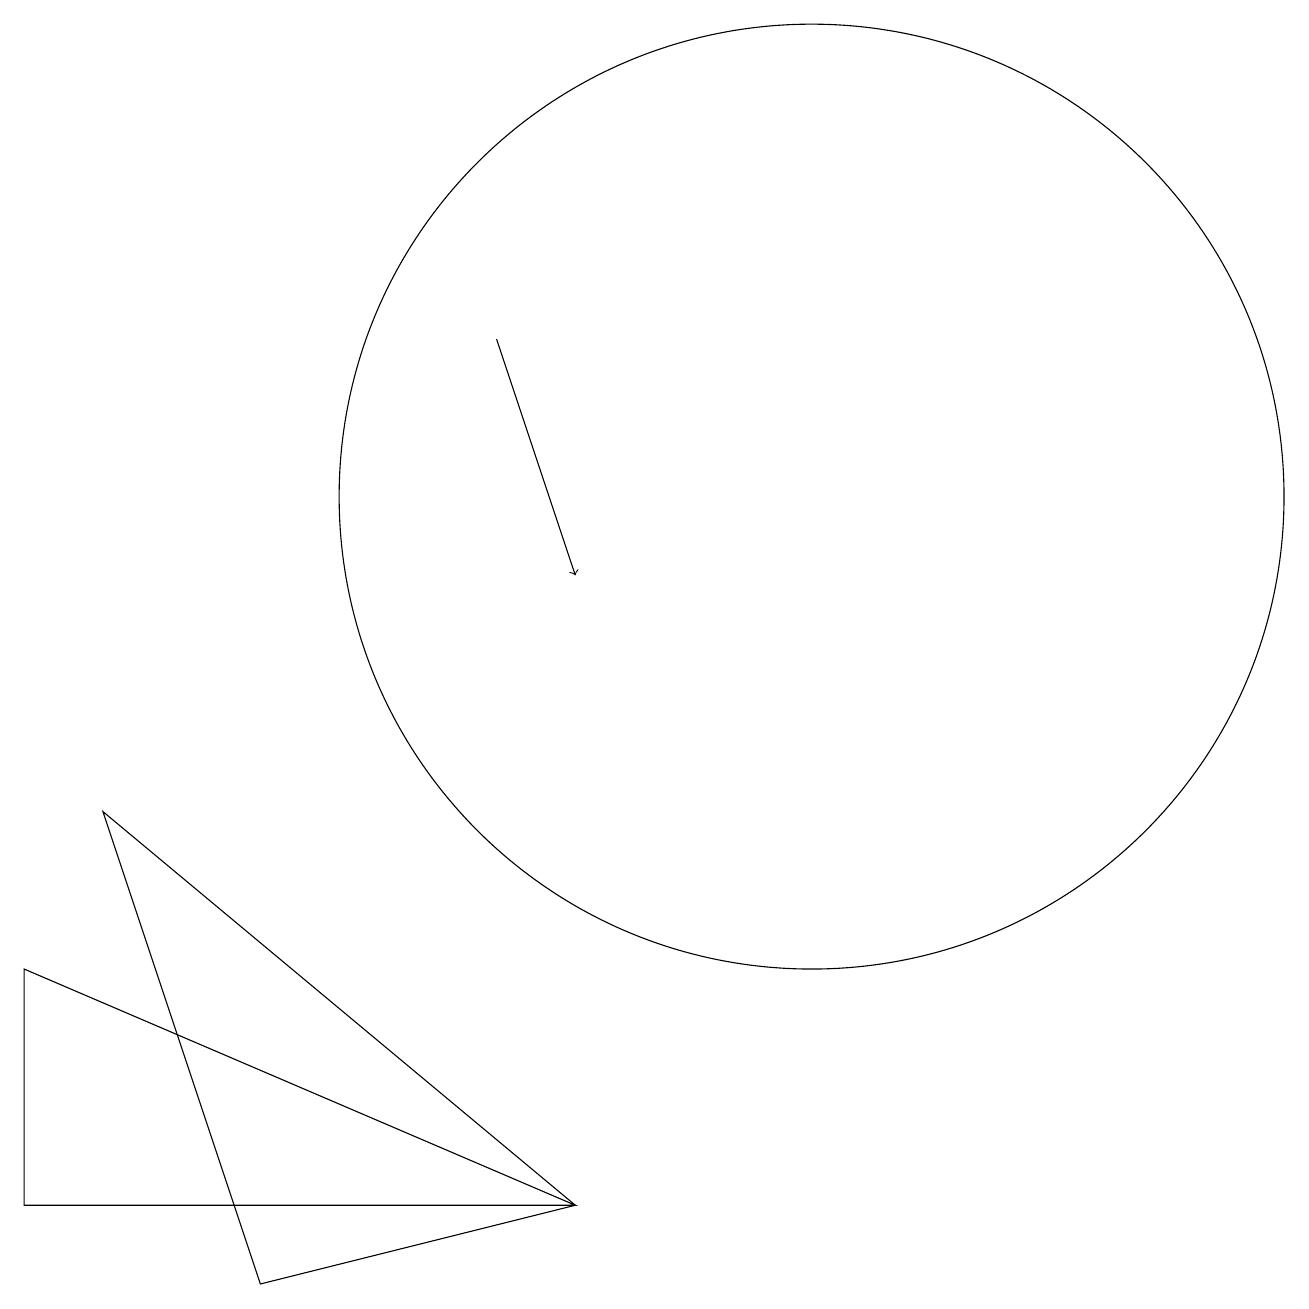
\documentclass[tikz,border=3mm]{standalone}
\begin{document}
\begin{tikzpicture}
\draw[->] (6,14) -- (7,11);
\draw (1,8) -- (3,2) -- (7,3) -- cycle;
\draw (0,6) -- (7,3) -- (0,3) -- cycle;
\draw (10,12) circle (6);
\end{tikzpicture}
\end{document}